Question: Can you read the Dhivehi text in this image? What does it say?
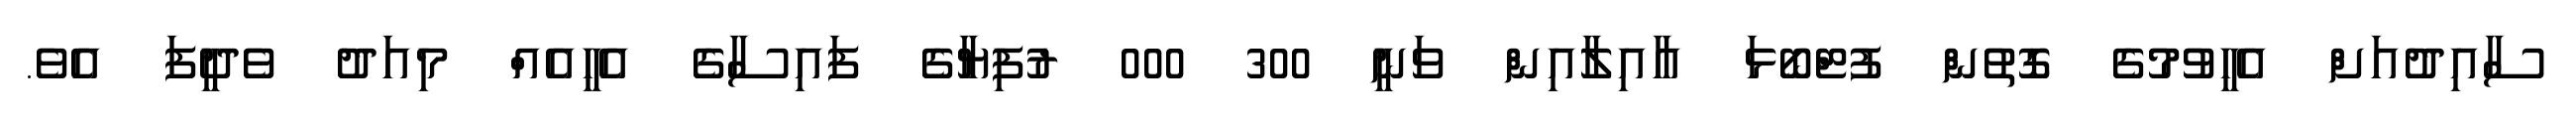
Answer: ސާއިދުއަށް އެހީވުމުގެ ގޮތުން ފުޓްބޯޅަ އާއިލާއިން ވަނީ 300 000 ރުފިޔާގެ ފައިސާގެ އެހީއެއް މިއަދު ވެދީފަ އެވެ.